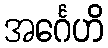
အင်္ဂေဟိ